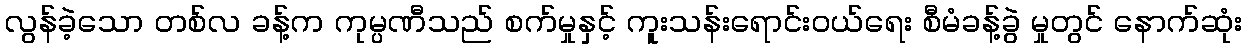
လွန်ခဲ့သော တစ်လ ခန့်က ကုမ္ပဏီသည် စက်မှုနှင့် ကူးသန်းရောင်းဝယ်ရေး စီမံခန့်ခွဲ မှုတွင် နောက်ဆုံး